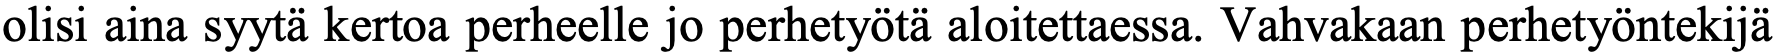
olisi aina syytä kertoa perheelle jo perhetyötä aloitettaessa. Vahvakaan perhetyöntekijä